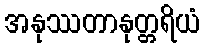
အနုဿတာနုတ္တရိယံ